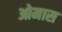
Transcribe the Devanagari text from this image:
ओमास